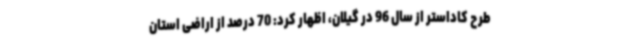
طرح کاداستر از سال 96 در گیلان، اظهار کرد: 70 درصد از اراضی استان